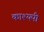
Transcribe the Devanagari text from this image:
काश्यपी